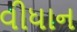
વીધાન